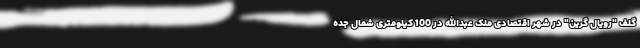
گلف "رویال گرین" در شهر اقتصادی ملک عبدالله در 100 کیلومتری شمال جده